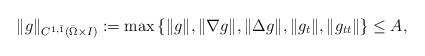
LaTeX: \begin{align*} \Vert g \Vert_{C^{1,\bar 1}(\bar \Omega \times I)} := \max \left\{ \Vert g \Vert, \Vert \nabla g \Vert, \Vert \Delta g \Vert, \Vert g_t\Vert, \Vert g_{t t} \Vert \right\} \leq A,\end{align*}